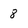
Character: 8